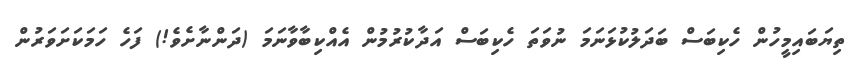
ތިޔަބައިމީހުން ހެކިބަސް ބަދަލުކުޅަނަމަ ނުވަތަ ހެކިބަސް އަދާކުރުމުން އެއްކިބާވާނަމަ (ދަންނާށެވެ!) ފަހެ ހަމަކަށަވަރުން